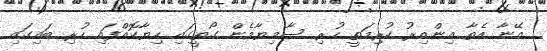
އޭނާ އެތާ އިންއިރު ކުރިމަތީ ހުރި ސާމިޔާމެން ގޯތީގައި ހިޔާކޮއްފައި ހުރި ބައިގައި